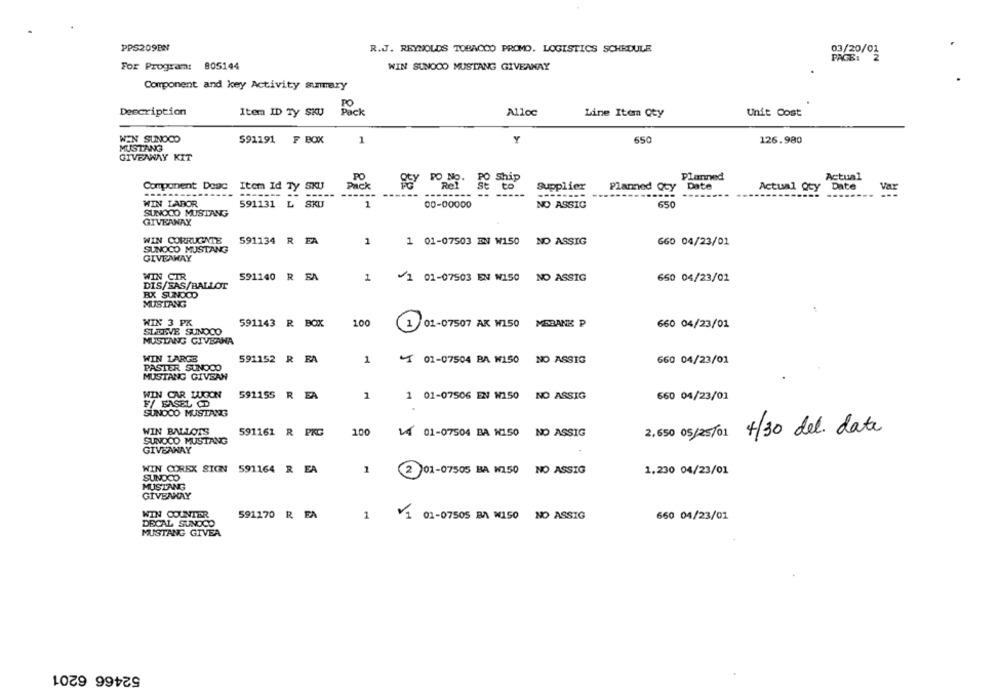
PPS209BN
R.J. REYNOLDS TOBACCO PROMO. LOGISTICS SCHEDULE
03/20/01
PAGE:
2
For Program: 805144
WIN SUNOCO MUSTANG GIVEANAY
Component and key Activity summary
PO
Description
Item ID Ty SKU
Pack
Alloc
Line Item Qty
Unit Cost
WEN SUNOCO
650
591191 F BOX
1
Y
126.980
MUSTANG
GIVEAWAY KIT
PO
PO No.
PO
Ship
Planned
Actual
Component Donc Item Id Ty SKU
Pack
Rel
se
to
Supplier
Planned
Date
Actual Qcy
Date
Var
----
-------
------
WIN LABOR
591131 L SKIJ
1
00-00000
NO ASSIC
SUNOCO MUSTANG
GIVEANAY
WIN CORRUGATE
591134 R FA
1
1 01-07503 EN W150 NO ASSIG
660 04/23/01
SUNOCO MUSTANG
GIVEAWAY
WIN CIR
591140 R FA
/1 01-07503 EN W150 NO ASSIG
DIS/SAS/BALLOT
1
650 04/23/01
RX SUNDOD
MUSTANG
WIN 3 PK
591143 R BOX
100
01-07507 AK W150 MEBANK P
660 04/23/01
SLEEVE SUNOCO
MUSTANG GIVERNA
WIN LARGE
591152 R FA
1
4 01-07504 BA W150
NO ASSIG
660 04/23/01
PASTER SUNOCO
MUSTANG GIVEAN
WIN CAR LUCIEN
591155 R EA
2
1 01-07506 EN W/150 NO ASSIG
660 04/23/01
F/ BASEL CD
SUNOCO MUSTANG
2,650 05/25/01 4/30 del. date
WIN BALLOTS
591161 R PKG
100
14 01-07504 BA N150 NO ASSIG
SUNOCO MUSTANG
GIVEAWAY
WIN COREX SIGN 591164 R EA
1
1.230 04/23/01
SUNOCO
2 01-07505 BA W150 NO ASSIG
MUSTANG
GIVEAWAY
591170 R EA
WIN COUNTER
1
¥1 01-07505 BA W150 NO ASSIG
660 04/23/01
DECAL SUNOCO
MUSTANG GIVEA
52466 6201